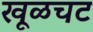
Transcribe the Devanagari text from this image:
खूळचट